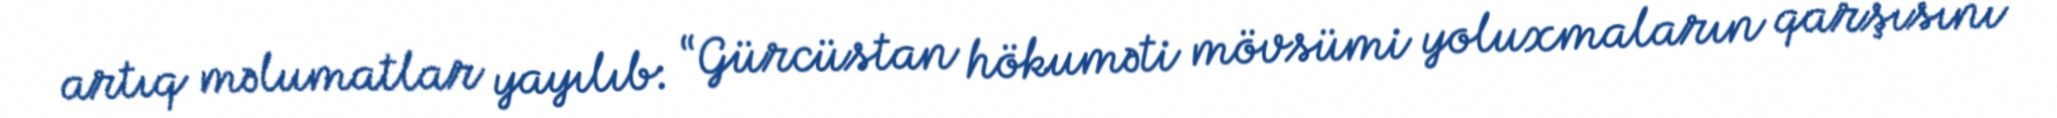
artıq məlumatlar yayılıb: “Gürcüstan hökuməti mövsümi yoluxmaların qarşısını